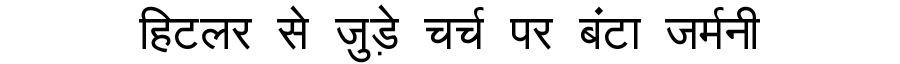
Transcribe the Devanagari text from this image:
हिटलर से जुड़े चर्च पर बंटा जर्मनी